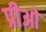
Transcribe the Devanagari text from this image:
प्रीओ